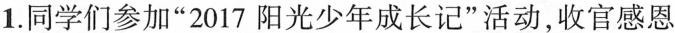
1.同学们参加“2017阳光少年成长记”活动，收官感恩